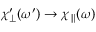
{ \chi _ { \perp } ^ { \prime } } ( \omega ^ { \prime } ) \rightarrow \chi _ { \parallel } ( \omega )